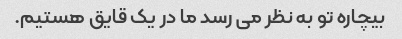
بیچاره تو به نظر می رسد ما در یک قایق هستیم.